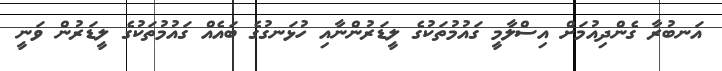
އަނބުރާ ގެންދިއުމަށް އިސްލާމީ ގައުމުތަކުގެ ލީޑަރުންނާއި ހުޅަނގުގެ ބައެއް ގައުމުތަކުގެ ލީޑަރުން ވަނީ